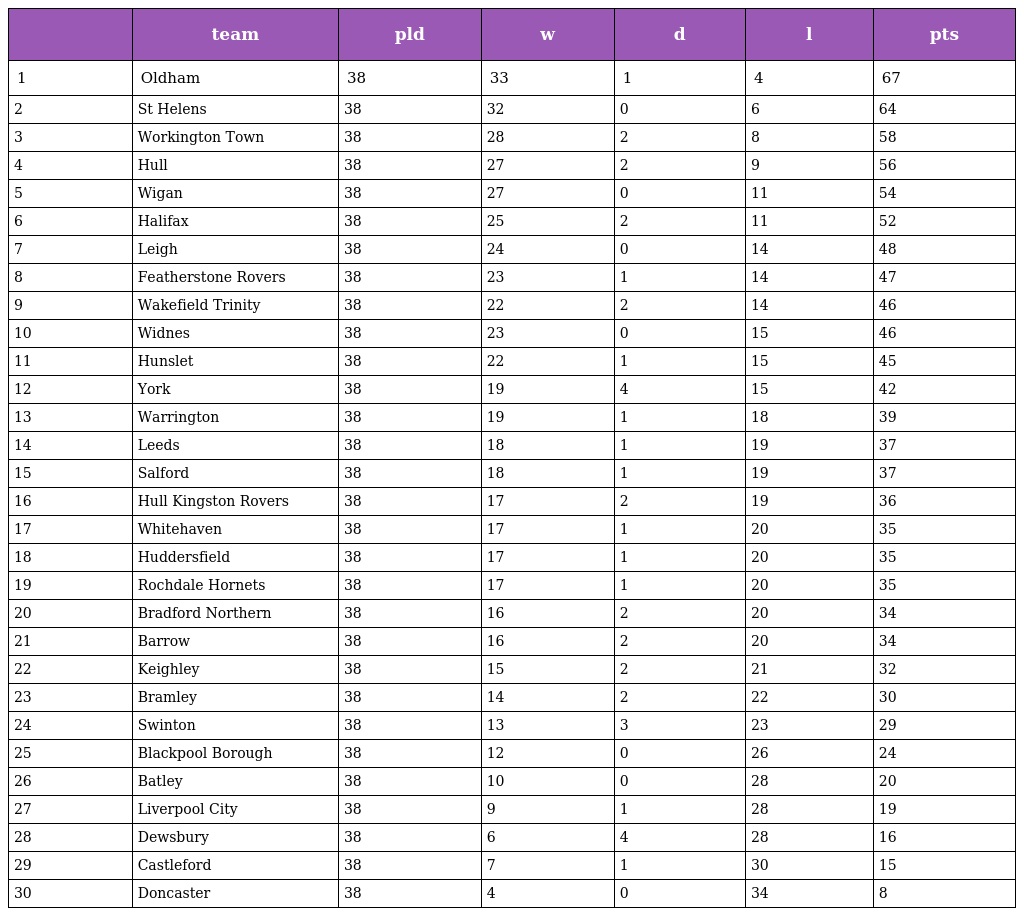
|  | team | pld | w | d | l | pts |
 | --- | --- | --- | --- | --- | --- | --- |
 | 1 | Oldham | 38 | 33 | 1 | 4 | 67 |
 | 2 | St Helens | 38 | 32 | 0 | 6 | 64 |
 | 3 | Workington Town | 38 | 28 | 2 | 8 | 58 |
 | 4 | Hull | 38 | 27 | 2 | 9 | 56 |
 | 5 | Wigan | 38 | 27 | 0 | 11 | 54 |
 | 6 | Halifax | 38 | 25 | 2 | 11 | 52 |
 | 7 | Leigh | 38 | 24 | 0 | 14 | 48 |
 | 8 | Featherstone Rovers | 38 | 23 | 1 | 14 | 47 |
 | 9 | Wakefield Trinity | 38 | 22 | 2 | 14 | 46 |
 | 10 | Widnes | 38 | 23 | 0 | 15 | 46 |
 | 11 | Hunslet | 38 | 22 | 1 | 15 | 45 |
 | 12 | York | 38 | 19 | 4 | 15 | 42 |
 | 13 | Warrington | 38 | 19 | 1 | 18 | 39 |
 | 14 | Leeds | 38 | 18 | 1 | 19 | 37 |
 | 15 | Salford | 38 | 18 | 1 | 19 | 37 |
 | 16 | Hull Kingston Rovers | 38 | 17 | 2 | 19 | 36 |
 | 17 | Whitehaven | 38 | 17 | 1 | 20 | 35 |
 | 18 | Huddersfield | 38 | 17 | 1 | 20 | 35 |
 | 19 | Rochdale Hornets | 38 | 17 | 1 | 20 | 35 |
 | 20 | Bradford Northern | 38 | 16 | 2 | 20 | 34 |
 | 21 | Barrow | 38 | 16 | 2 | 20 | 34 |
 | 22 | Keighley | 38 | 15 | 2 | 21 | 32 |
 | 23 | Bramley | 38 | 14 | 2 | 22 | 30 |
 | 24 | Swinton | 38 | 13 | 3 | 23 | 29 |
 | 25 | Blackpool Borough | 38 | 12 | 0 | 26 | 24 |
 | 26 | Batley | 38 | 10 | 0 | 28 | 20 |
 | 27 | Liverpool City | 38 | 9 | 1 | 28 | 19 |
 | 28 | Dewsbury | 38 | 6 | 4 | 28 | 16 |
 | 29 | Castleford | 38 | 7 | 1 | 30 | 15 |
 | 30 | Doncaster | 38 | 4 | 0 | 34 | 8 |